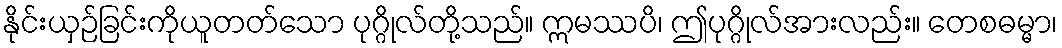
နိုင်းယှဉ်ခြင်းကိုယူတတ်သော ပုဂ္ဂိုလ်တို့သည်။ ဣမဿပိ၊ ဤပုဂ္ဂိုလ်အားလည်း။ တေစဓမ္မာ၊